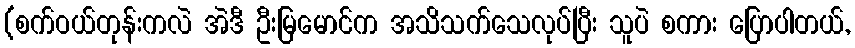
(စက်ဝယ်တုန်းကလဲ အဲဒီ ဦးမြမောင်က အသိသက်သေလုပ်ပြီး သူပဲ စကား ပြောပါတယ်,